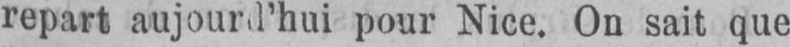
repart aujourd’hui pour Nice. On sait que